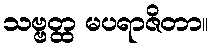
သဗ္ဗတ္ထ မပရာဇိတာ။